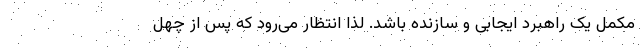
مکمل یک راهبرد ایجابی و سازنده باشد. لذا انتظار می‌رود که پس از چهل